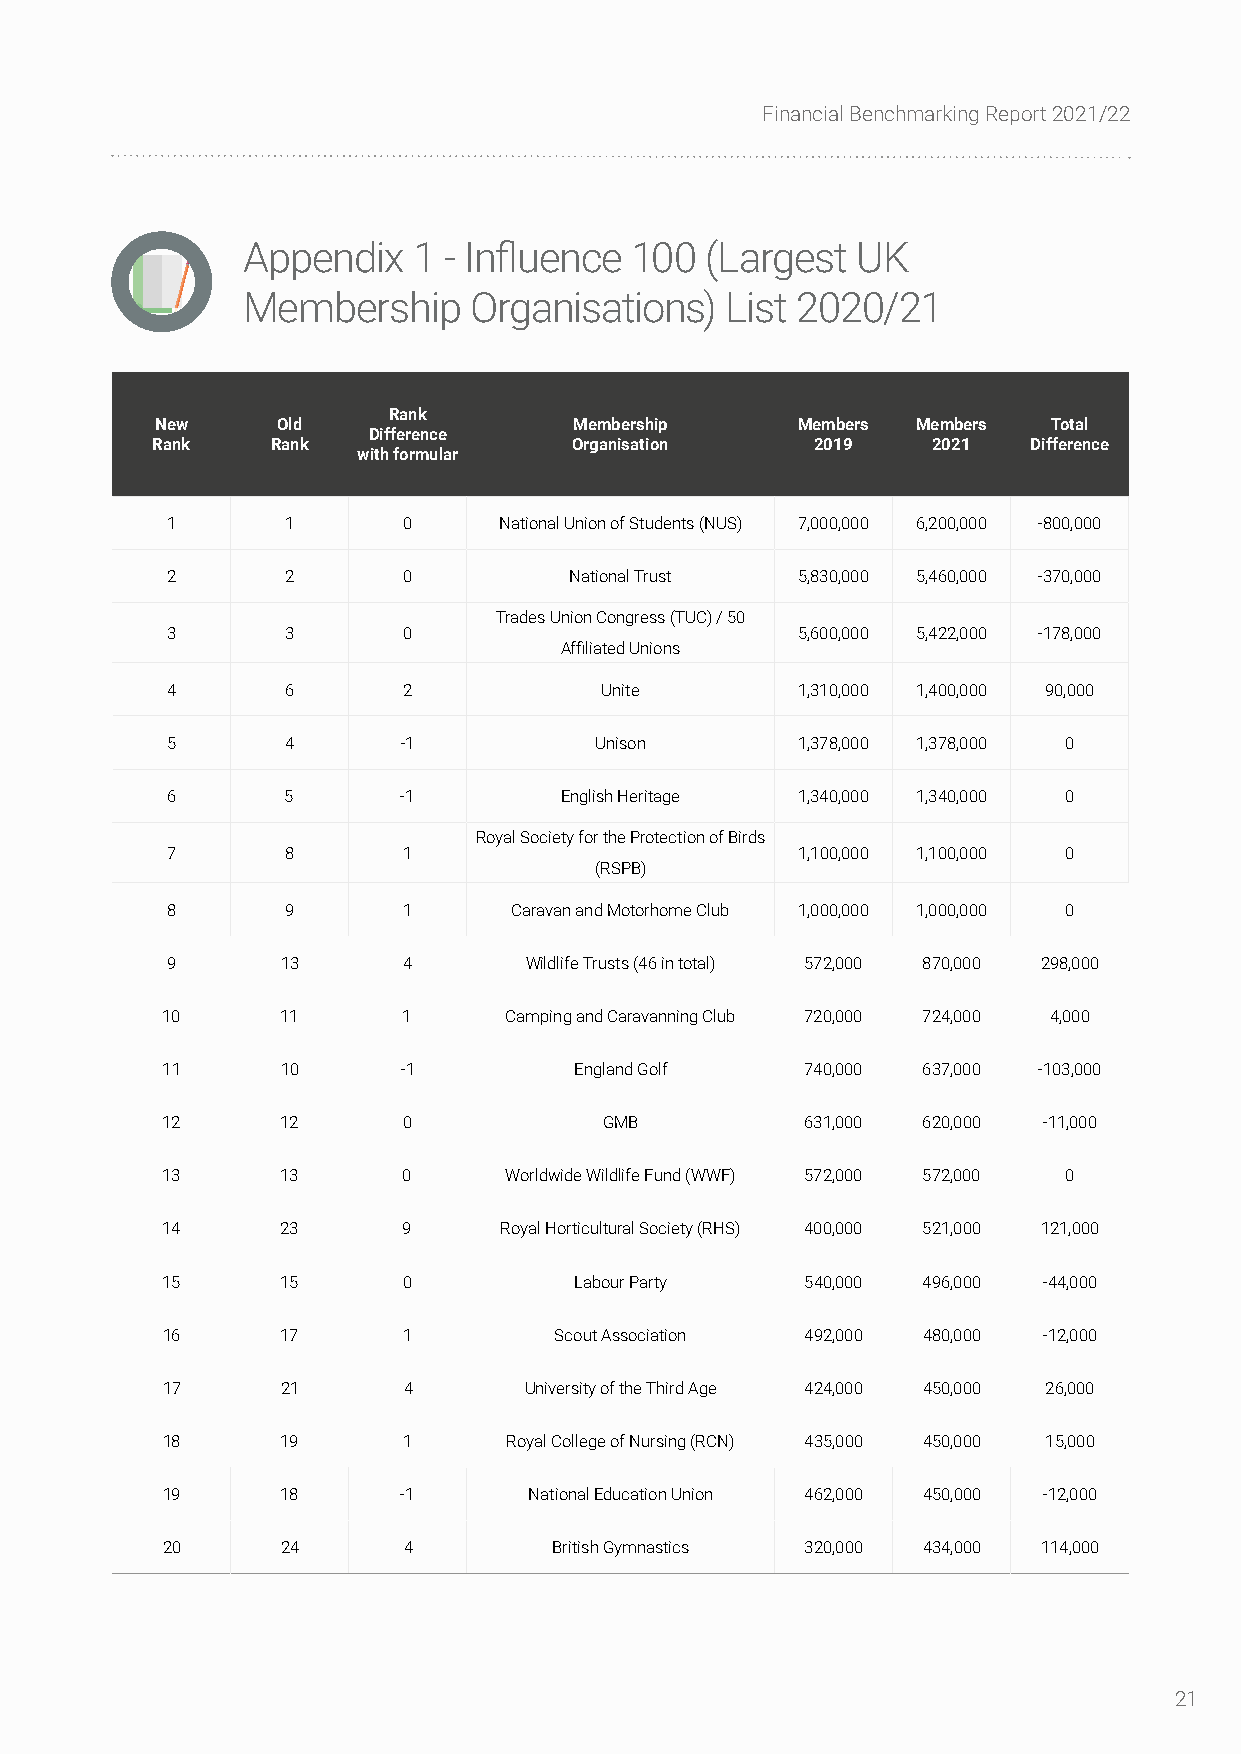
Financial Benchmarking Report 2021/22
 Appendix   1 - Influence  100  (Largest  UK
 Membership     Organisations)   List 2020/21
 Rank
 New     Old                 Membership     Members Members  Total
 Difference
 Rank    Rank                Organisation    2019    2021  Difference
 with formular
 1       1       0     National Union of Students (NUS) 7,000,000 6,200,000 -800,000
 2       2       0          National Trust 5,830,000 5,460,000 -370,000
 Trades Union Congress (TUC) / 50
 3       3       0                         5,600,000 5,422,000 -178,000
 Affiliated Unions
 4       6       2            Unite        1,310,000 1,400,000 90,000
 5       4       -1          Unison        1,378,000 1,378,000 0
 6       5       -1        English Heritage 1,340,000 1,340,000 0
 Royal Society for the Protection of Birds
 7       8       1                         1,100,000 1,100,000 0
 (RSPB)
 8       9       1      Caravan and Motorhome Club 1,000,000 1,000,000 0
 9       13      4       Wildlife Trusts (46 in total) 572,000 870,000 298,000
 10      11      1     Camping and Caravanning Club 720,000 724,000 4,000
 11      10      -1         England Golf   740,000 637,000 -103,000
 12      12      0            GMB          631,000 620,000 -11,000
 13      13      0     Worldwide Wildlife Fund (WWF) 572,000 572,000 0
 14      23      9     Royal Horticultural Society (RHS) 400,000 521,000 121,000
 15      15      0          Labour Party   540,000 496,000 -44,000
 16      17      1         Scout Association 492,000 480,000 -12,000
 17      21      4       University of the Third Age 424,000 450,000 26,000
 18      19      1      Royal College of Nursing (RCN) 435,000 450,000 15,000
 19      18      -1      National Education Union 462,000 450,000 -12,000
 20      24      4         British Gymnastics 320,000 434,000 114,000
 21